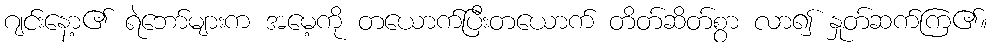
ဂျင်းနော့၏ ရဲဘော်များက အမေ့ကို တယောက်ပြီးတယောက် တိတ်ဆိတ်စွာ လာ၍ နှုတ်ဆက်ကြ၏။